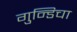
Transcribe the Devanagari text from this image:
गुन्डिचा